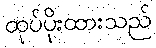
ထုပ်ပိုးထားသည်